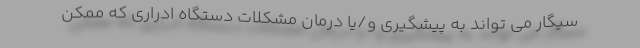
سیگار می تواند به پیشگیری و/یا درمان مشکلات دستگاه ادراری که ممکن